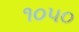
૧૦૫૦